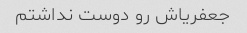
جعفریاش رو دوست نداشتم